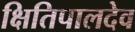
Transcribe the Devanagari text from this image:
क्षितिपालदेव